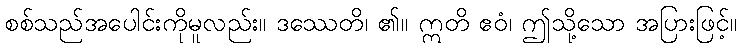
စစ်သည်အပေါင်းကိုမူလည်း။ ဒဿေတိ၊ ၏။ ဣတိ ဧဝံ၊ ဤသို့သော အပြားဖြင့်။